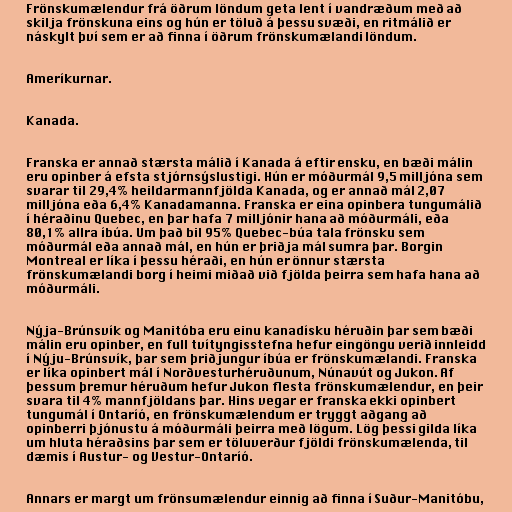
Frönskumælendur frá öðrum löndum geta lent í vandræðum með að
skilja frönskuna eins og hún er töluð á þessu svæði, en ritmálið er
náskylt því sem er að finna í öðrum frönskumælandi löndum.

Ameríkurnar.

Kanada.

Franska er annað stærsta málið í Kanada á eftir ensku, en bæði málin
eru opinber á efsta stjórnsýslustigi. Hún er móðurmál 9,5 milljóna sem
svarar til 29,4% heildarmannfjölda Kanada, og er annað mál 2,07
milljóna eða 6,4% Kanadamanna. Franska er eina opinbera tungumálið
í héraðinu Quebec, en þar hafa 7 milljónir hana að móðurmáli, eða
80,1% allra íbúa. Um það bil 95% Quebec-búa tala frönsku sem
móðurmál eða annað mál, en hún er þriðja mál sumra þar. Borgin
Montreal er líka í þessu héraði, en hún er önnur stærsta
frönskumælandi borg í heimi miðað við fjölda þeirra sem hafa hana að
móðurmáli.

Nýja-Brúnsvík og Manitóba eru einu kanadísku héruðin þar sem bæði
málin eru opinber, en full tvítyngisstefna hefur eingöngu verið innleidd
í Nýju-Brúnsvík, þar sem þriðjungur íbúa er frönskumælandi. Franska
er líka opinbert mál í Norðvesturhéruðunum, Núnavút og Jukon. Af
þessum þremur héruðum hefur Jukon flesta frönskumælendur, en þeir
svara til 4% mannfjöldans þar. Hins vegar er franska ekki opinbert
tungumál í Ontaríó, en frönskumælendum er tryggt aðgang að
opinberri þjónustu á móðurmáli þeirra með lögum. Lög þessi gilda líka
um hluta héraðsins þar sem er töluverður fjöldi frönskumælenda, til
dæmis í Austur- og Vestur-Ontaríó.

Annars er margt um frönsumælendur einnig að finna í Suður-Manitóbu,